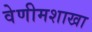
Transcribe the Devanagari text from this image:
वेणीमशाखा